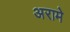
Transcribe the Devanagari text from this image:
अरामे